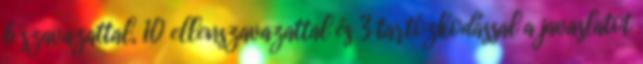
6 szavazattal, 10 ellenszavazattal és 3 tartózkodással a javaslatot